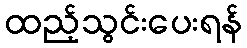
ထည့်သွင်းပေးရန်